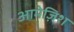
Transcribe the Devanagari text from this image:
आमेज़िश